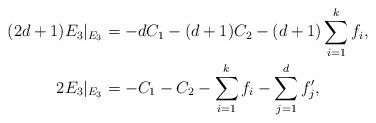
LaTeX: \begin{align*}(2d+1)E_3|_{E_3} &= -dC_1 - (d+1)C_2 - (d+1)\sum_{i=1}^k f_i,\\2E_3|_{E_3} &= -C_1-C_2-\sum_{i=1}^k f_i - \sum_{j=1}^d f_j',\end{align*}